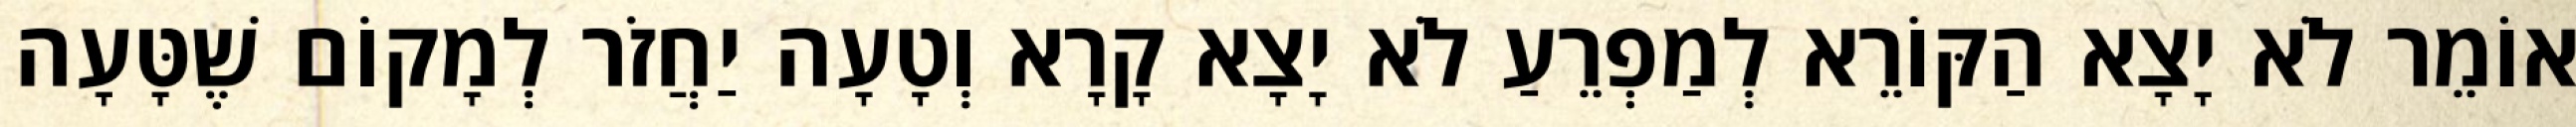
אוֹמֵר לֹא יָצָא הַקּוֹרֵא לְמַפְרֵעַ לֹא יָצָא קָרָא וְטָעָה יַחֲזֹר לְמָקוֹם שֶׁטָּעָה